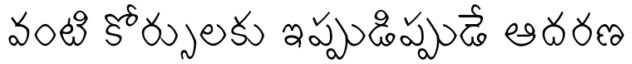
వంటి కోర్సులకు ఇప్పుడిప్పుడే ఆదరణ